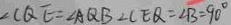
\angle C Q E = \angle A Q B \bot C E Q = \angle B = 9 0 ^ { \circ }